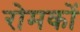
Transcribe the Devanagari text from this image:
रोमकों